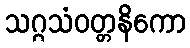
သဂ္ဂသံဝတ္တနိကော